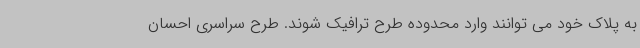
به پلاک خود می توانند وارد محدوده طرح ترافیک شوند. طرح سراسری احسان